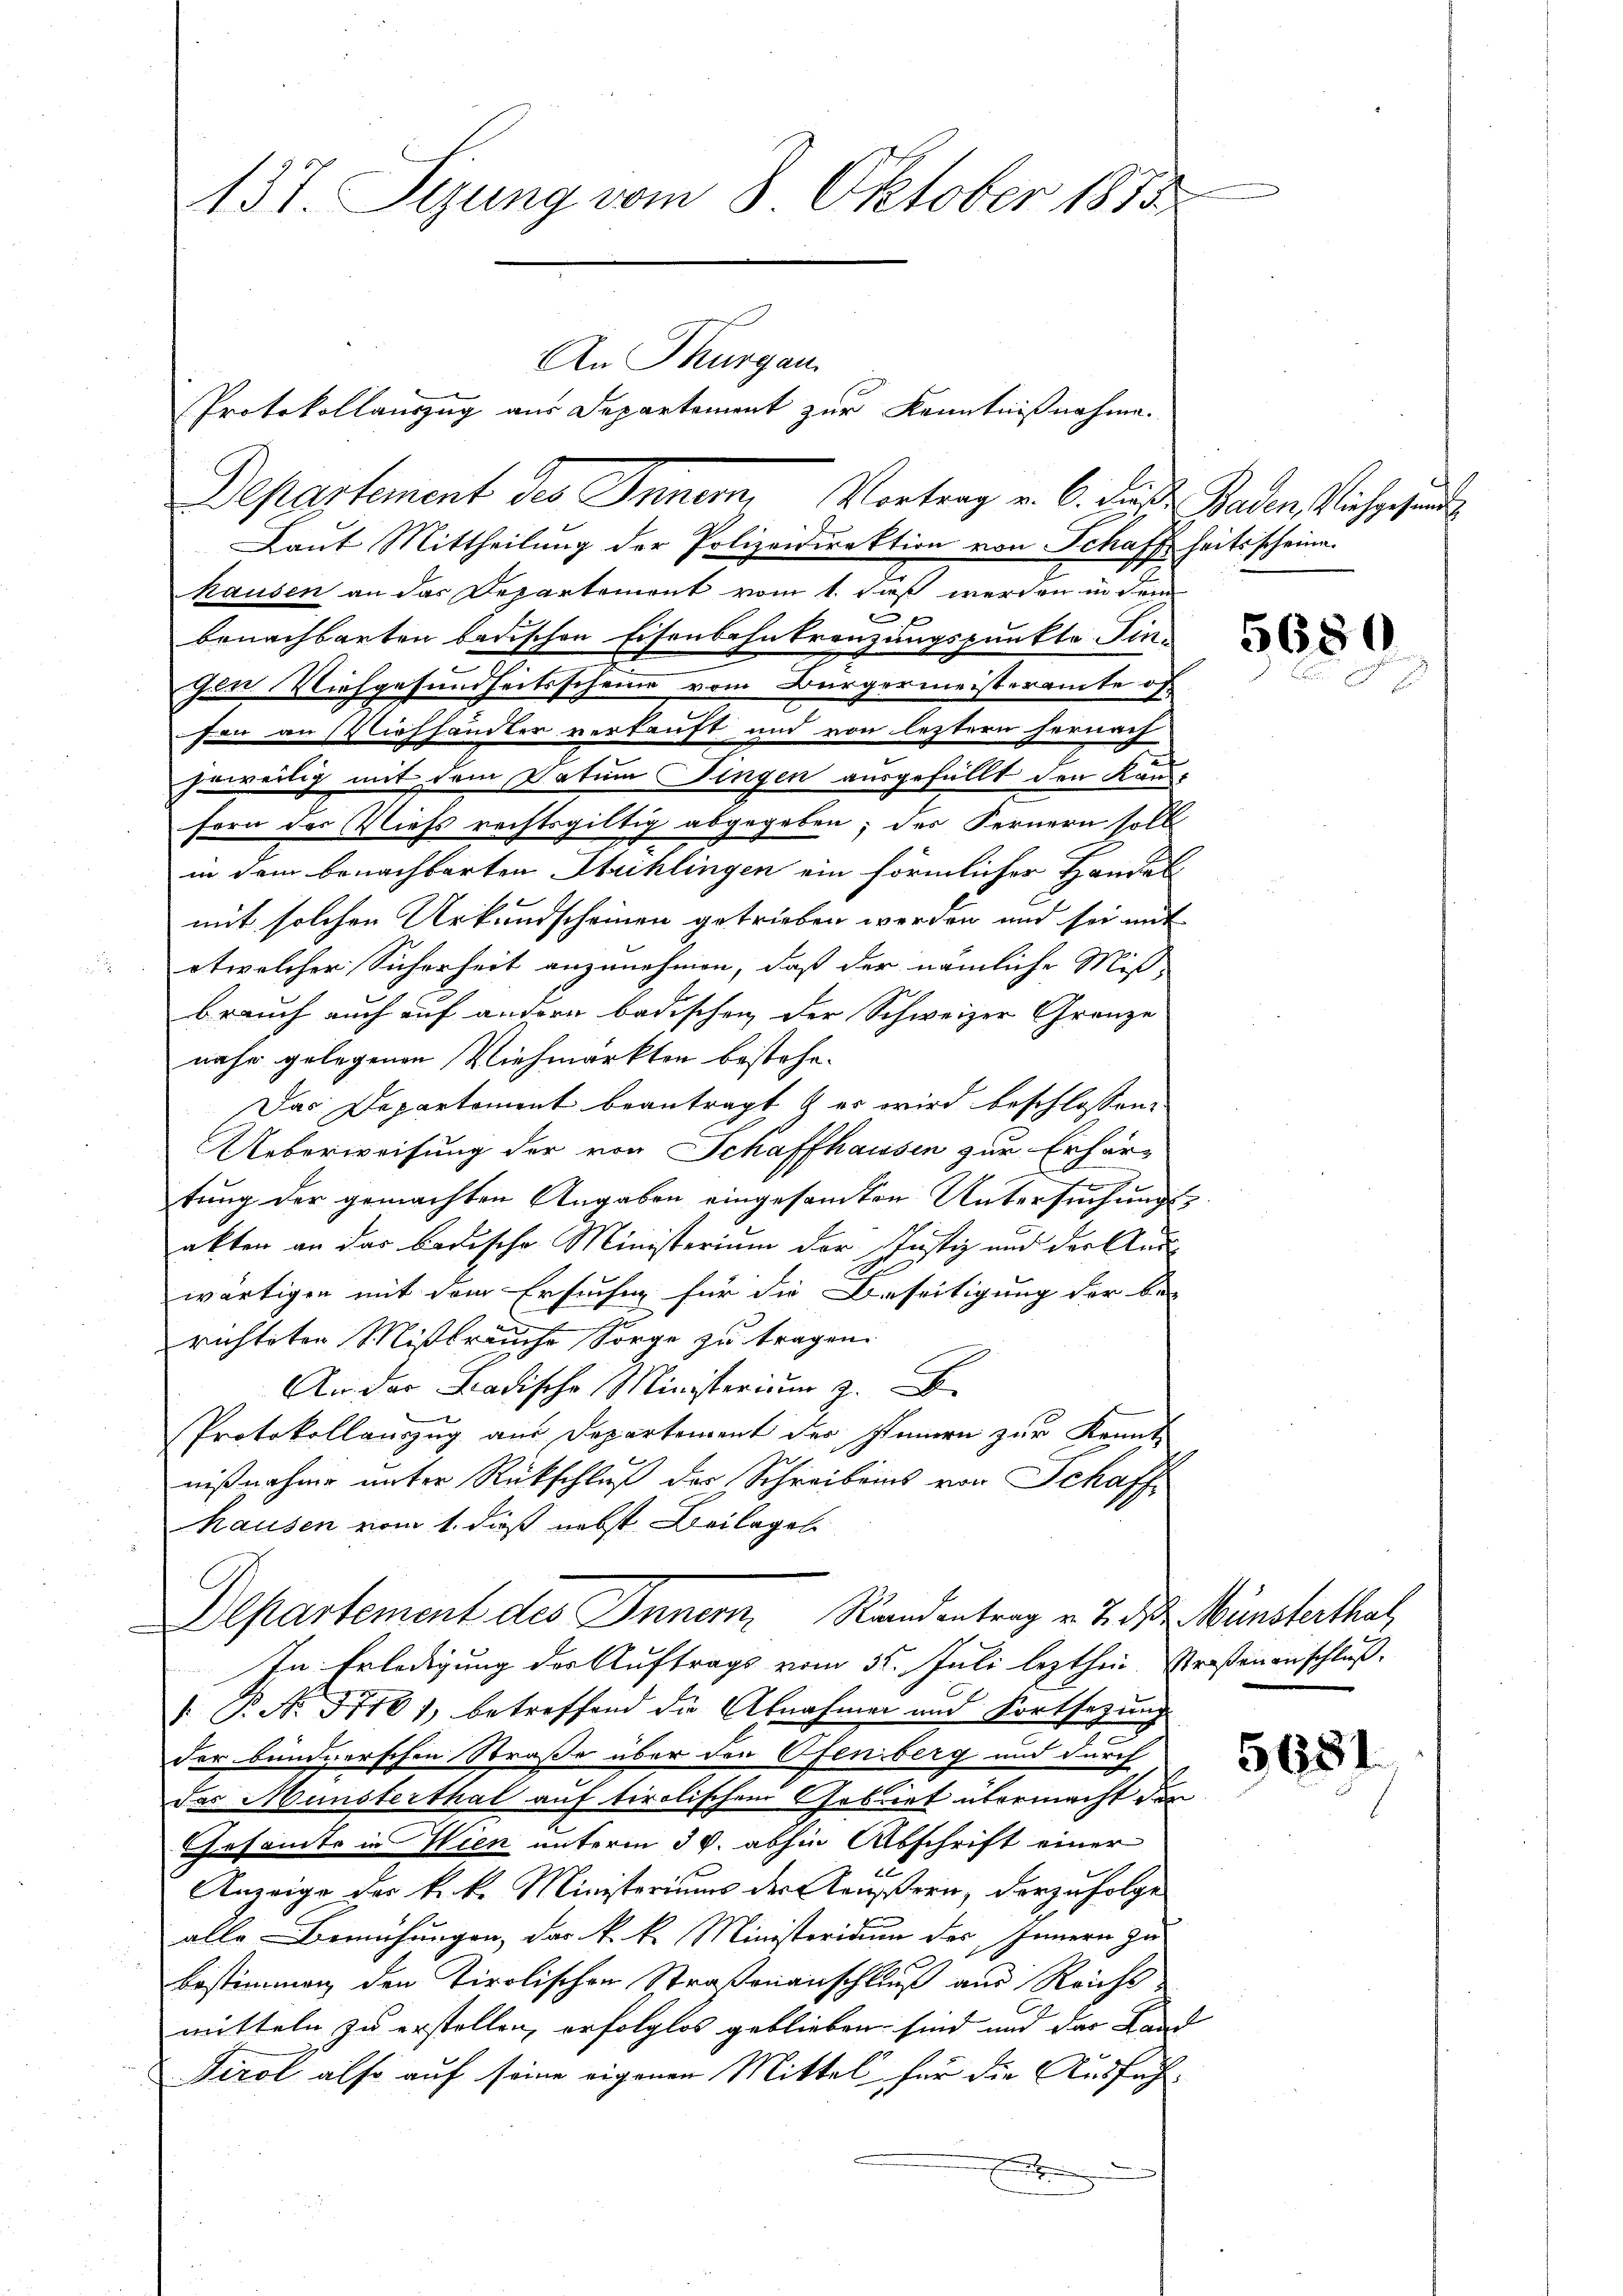
137. Sizung vom 8. Oktober 1873
An Thurgau
Protokollauszug aus Departement zur Kenntnißnahme.

Laut Mittheilung der Polizeidirektion von Schaffheitsscheine.
hausen an das Departement vom 1. daß werden in dem
benachbarten badischen Eisenbahnkr
zungspunkte Ein-
gen. Viehgesundheitsscheine vom Bürgermeisteramte of
fon an Viehhändler verkauft und von leztern hernach-
jeweilig mit dem Datum Fingen ausgefällt den Kanfern des Viehs rechtsgültig abgegeben; der Fernern soll
in dem benachbarten Michlingen ein förmlicher Handelmit solchen Urkundscheinen getrieben worden und sei mit
etwelcher Sicherheit anzunehmen, daß der nämliche Mißbrauch auch auf andern badischen der Schweizer Gränze
nahe gelegenen Viehmarkten bestehe.
Das Departement beantragt, & es wird beschlossen:
Ueberweisung der von Schaffhausen zur Erhärtung der gemachten Angaben eingesamten Untersuchungsakten an das badische Ministerium der Justiz und der Aus-
a
wärtigen mit dem Ersuchen für die Beseitigung der be-
richteten Mißbräuche Sorge zu tragen.
An der Badische Ministerium z.
Protokollauszug am Departement der Innern zur Kennt-
nißnahme unter Rückschluß der Schreibens von Schaff
hausen vom 1. dieß nebst Beilagen
Departement des Innern Randentrag v. 7. d. Münsterthal,
In Erledigung der Auftrags vom 15. Juli lezthein. Straßenanschluß¬
: P. Nr. 57401, betreffend die Abnahmen und Fortsetzung
der bundnerschen Straße über den Ofenberg und durch
Das Münsterthal auf tirolischen Gebriet übermacht der
Gesamte in Wien unterm 30. abhin Abschrift einer
Anzeige der k. k. Ministerium der Mauern, derzufolge
alle Bemühungen, das k. k. Ministerium des Innern zu
bestimmen den Tirolischen Straßenanschluß aus Reicht
mitteln zu erstellen, erfolglos geblieben sind und der Land
Tirol also auf seine eigenen Mittel für die Ausfüh¬
E

Departement des Inner, Vortrag v. 6. diese Baden Kirchgehende

5680

568